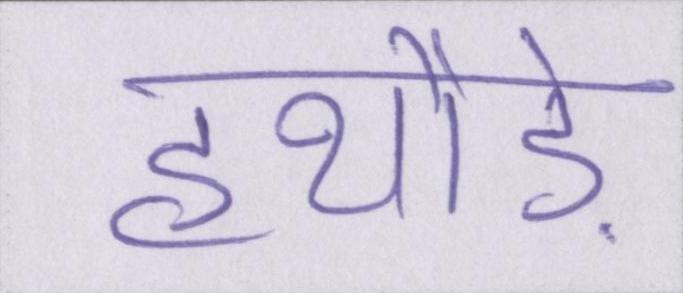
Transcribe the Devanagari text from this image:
हथौड़े